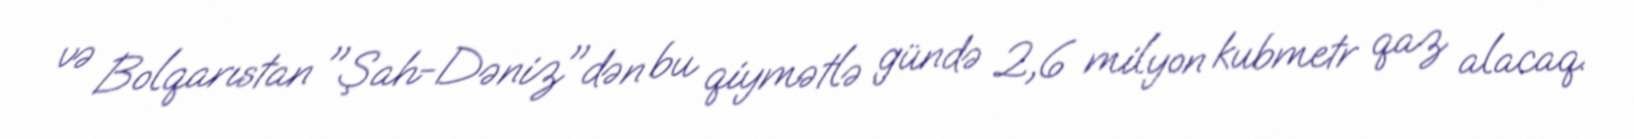
və Bolqarıstan "Şah-Dəniz"dən bu qiymətlə gündə 2,6 milyon kubmetr qaz alacaq.